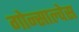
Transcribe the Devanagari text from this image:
गोन्साल्वेस